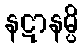
နဋာနမ္ပိ